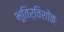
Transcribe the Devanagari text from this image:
भूतिर्विशोकः